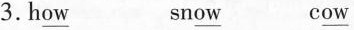
3.h\underline{ow} sn\underline{ow} c\underline{ow}